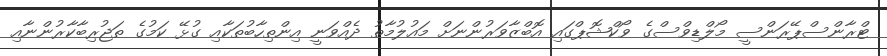
ޓްރާންސްޕޭރަންސީ މޯލްޑިވްސްގެ ވޯކްޝޮޕްގައި އޮބްޒާވަރުންނަށް މައުލުމާތު ދެއްވަނީ އިންތިހާބުތަކާއި ގުޅޭ ކަމުގެ ތަޖުރިބާކާރުންނާއި